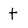
Character: t